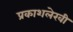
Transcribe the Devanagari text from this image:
प्रकाशलेखी